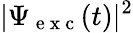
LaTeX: |\Psi_{\mathrm{~e~x~c~}}(t)|^{2}